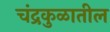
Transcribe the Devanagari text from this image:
चंद्रकुळातील